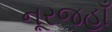
નૂરજહાઁ